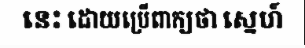
នេះ ដោយប្រើពាក្យថា ស្នេហ៍